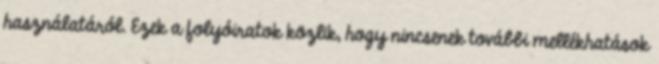
használatáról. Ezek a folyóiratok közlik, hogy nincsenek további mellékhatások